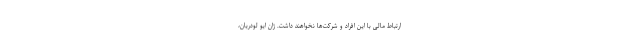
ارتباط مالی با این افراد و شرکت‌ها نخواهند داشت. ژان ایو لودریان،